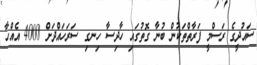
ސައުދީގެ ރަސްމީ ފަރާތްތަކުން ބުނާ ގޮތުގައި ހާދިސާ ހިނގި ސަރަހައްދަށް 4000 އެއްހާ